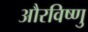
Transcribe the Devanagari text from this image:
औरविष्णु